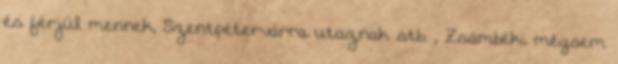
és férjül mennek, Szentpétervárra utaznak stb. , Zsámbéki mégsem